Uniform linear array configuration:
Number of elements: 32
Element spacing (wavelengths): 0.75
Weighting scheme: cosine
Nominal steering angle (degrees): -30
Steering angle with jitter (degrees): -28.067
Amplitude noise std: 0.05
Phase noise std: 0.05

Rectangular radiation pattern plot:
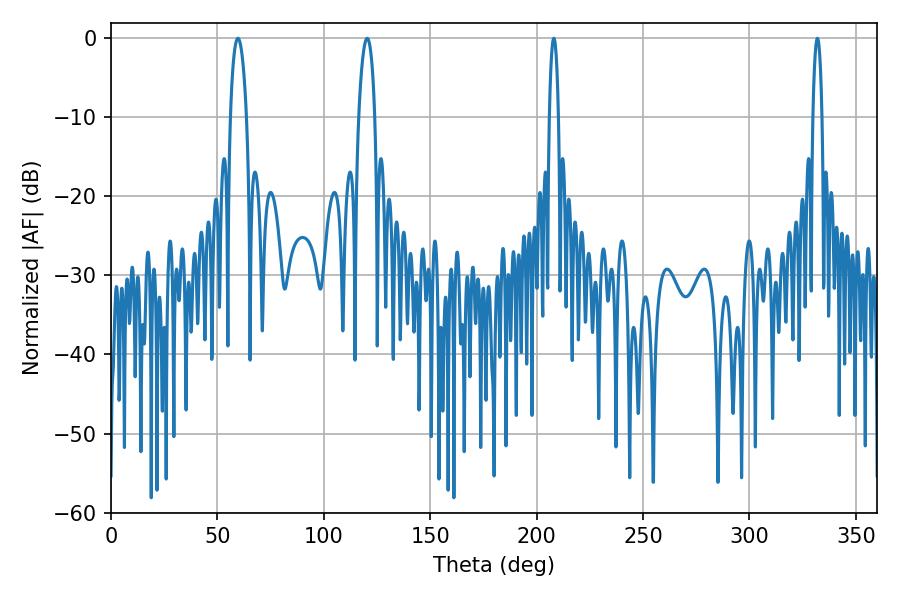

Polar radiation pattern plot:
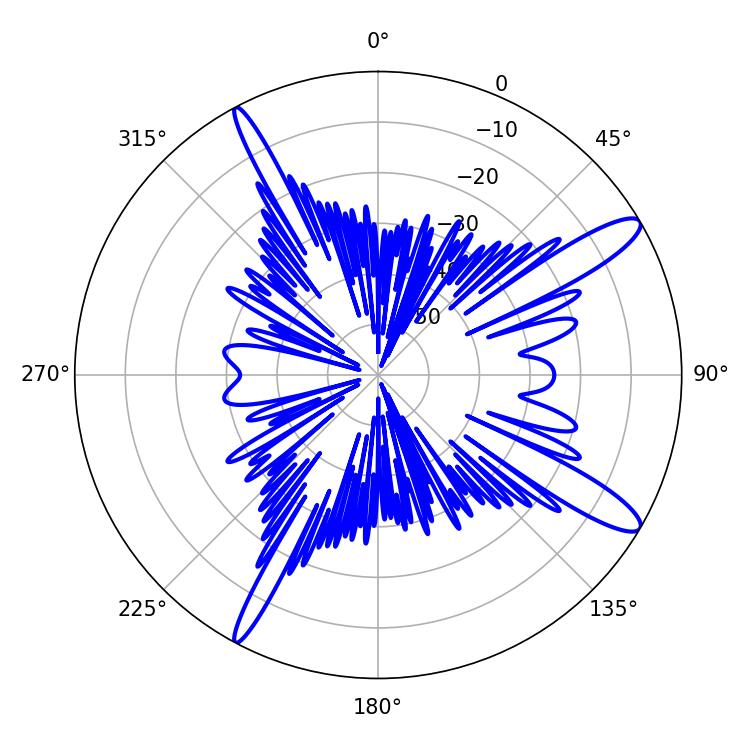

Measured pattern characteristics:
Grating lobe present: TRUE
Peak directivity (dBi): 13.057
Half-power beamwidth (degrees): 2.52
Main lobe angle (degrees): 208.08